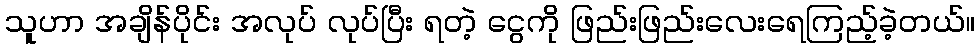
သူဟာ အချိန်ပိုင်း အလုပ် လုပ်ပြီး ရတဲ့ ငွေကို ဖြည်းဖြည်းလေးရေကြည့်ခဲ့တယ်။